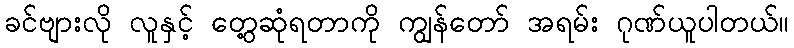
ခင်ဗျားလို လူနှင့် တွေ့ဆုံရတာကို ကျွန်တော် အရမ်း ဂုဏ်ယူပါတယ်။